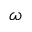
\omega